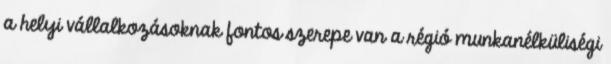
a helyi vállalkozásoknak fontos szerepe van a régió munkanélküliségi